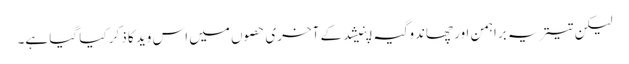
لیکن تیتریہ براہمن اور چھاندوگیہ اپنیشد کے آخری حصوں میں اس وید کا ذکر کیا گیا ہے۔